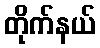
တိုက်နယ်